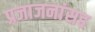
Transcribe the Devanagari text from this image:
प्रजाजनांसह